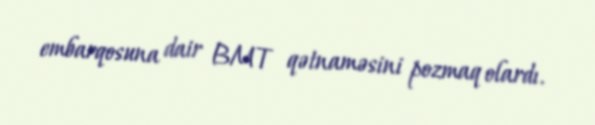
embarqosuna dair BMT qətnaməsini pozmaq olardı.